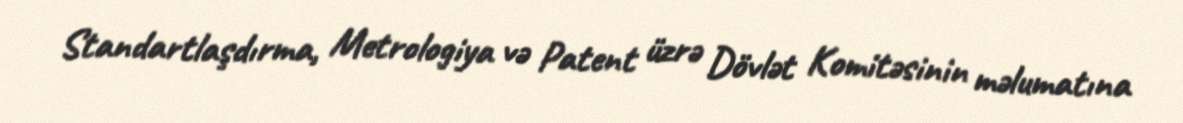
Standartlaşdırma, Metrologiya və Patent üzrə Dövlət Komitəsinin məlumatına